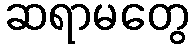
ဆရာမတွေ